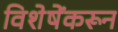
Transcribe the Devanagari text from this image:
विशेषेंकरून